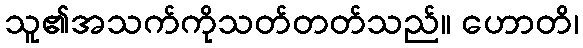
သူ၏အသက်ကိုသတ်တတ်သည်။ ဟောတိ၊